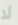
لا